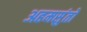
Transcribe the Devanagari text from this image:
अहमसुंतो